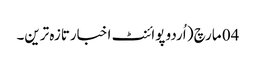
04 مارچ ( اُردو پوائنٹ اخبارتازہ ترین۔